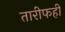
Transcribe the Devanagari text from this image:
तारीफही